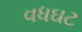
વધઘટ